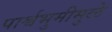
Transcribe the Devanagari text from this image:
पार्श्वभुमीमुळे